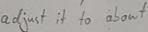
Text: adjust it to about